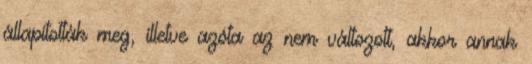
állapították meg, illetve azóta az nem változott, akkor annak